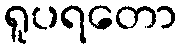
ရူပရတော